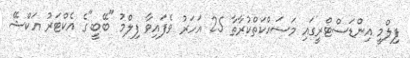
ފިލްމީ އިންޑަސްޓްރީގައި މަސައްކަތްކުރާތާ 25 އަހަރު ވެފައިވާ ފިލްމު "ބޭބީ"ގެ އެކްޓަރު އަކްޝޭ